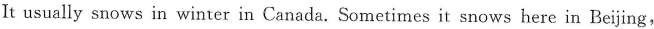
Is usually snows in winter in Canada .someties it sows here in Berjing,